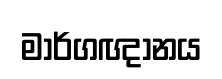
මාර්ගඥානය